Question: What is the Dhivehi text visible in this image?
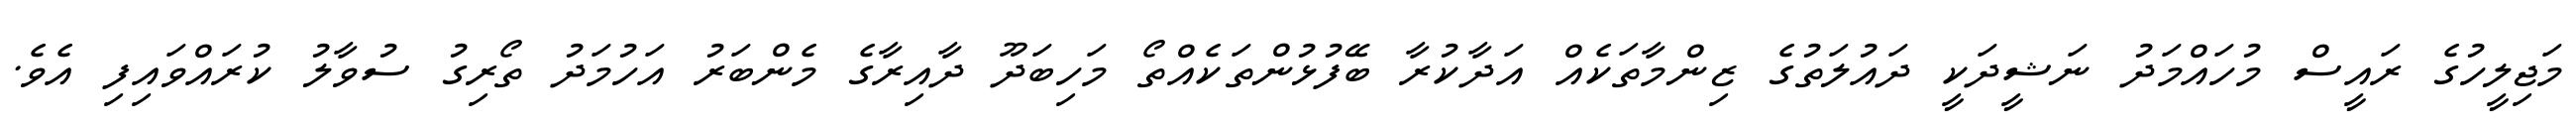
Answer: މަޖިލީހުގެ ރައީސް މުހައްމަދު ނަޝީދަކީ ދައުލަތުގެ ޒިންމާތަކެއް އަދާކުރާ ބޭފުޅުންތަކެއްތޯ މަހިބަދޫ ދާއިރާގެ މެންބަރު އަހުމަދު ތޯރިގު ސުވާލު ކުރައްވައިފި އެވެ.